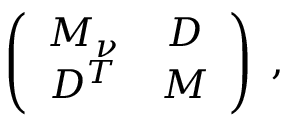
\left( \begin{array} { c c } { { M _ { \nu } } } & { { D } } \\ { { D ^ { T } } } & { { M } } \end{array} \right) \; ,